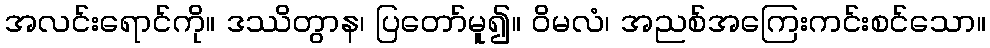
အလင်းရောင်ကို။ ဒဿိတွာန၊ ပြတော်မူ၍။ ဝိမလံ၊ အညစ်အကြေးကင်းစင်သော။